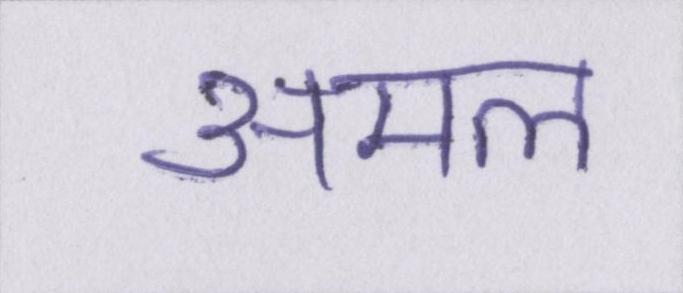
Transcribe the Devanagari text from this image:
अमल